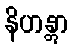
နိဟန္တွာ